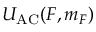
U _ { \mathrm { A C } } ( F , m _ { F } )